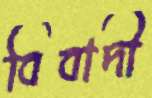
বিবাদী